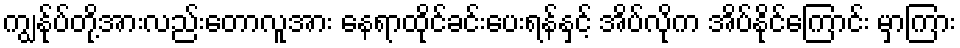
ကျွန်ုပ်တို့အားလည်းတောလူအား နေရာထိုင်ခင်းပေးရန်နှင့် အိပ်လိုက အိပ်နိုင်ကြောင်း မှာကြား